Vaccine operations Central Provinces & Berar 1922-1929 - 1922-1929
Year: 1922
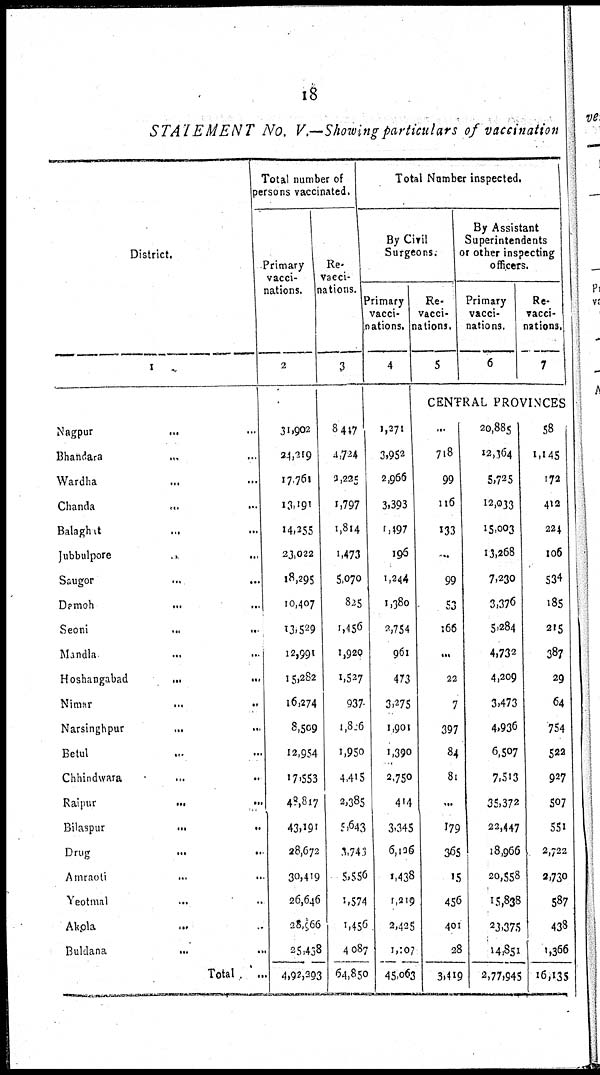
18
STATEMENT
No. V.—Showing particulars of vaccination
District.
1
Nagpur
...
...
Bhandara
...
...
Wardha ... ...
Chanda
...
...
Balaghat ... ...
Jubbulpore ... ...
Saugor ... ...
Damoh
...
...
Seoni
...
...
Mandla ... ...
Hoshangabad
...
...
Nimar
...
...
Narsinghpur
...
...
Betul ... ...
Chhindwara ...
Raipur
...
...
Bilaspur
...
...
Drug ... ...
Amraoti
...
...
Yeotmal
...
...
Akola
...
...
Buldana ... ...
Total ...
Total number of
persons vaccinated.
Primary
vacci-
nations.
2
31,902
24,219
17,761
13,191
14,255
23,022
18,295
10,407
13,529
12,991
15,282
16,274
8,509
12,954
17,553
48,817
43,191
28,672
30,419
26,646
28,966
25,438
4,92,293
Re-
vacci-
nations.
3
8,447
4,724
2,225
1,797
1,814
1,473
5,070
825
1,456
1,920
1,527
937
1,826
1,950
4,415
2,385
5,643
3,743
5,556
1,574
1,456
4,087
64,850
Total Number inspected.
By Civil
Surgeons.
Primary
vacci-
nations.
4
1,271
3,952
2,966
3,393
1,497
196
1,244
1,380
2,754
961
473
3,275
1,901
1,390
2,750
414
3,345
6,126
1,438
1,219
2,425
1,107
45,063
Re-
vacci-
nations.
5
By Assistant
Superintendents
or other inspecting
officers.
Primary
vacci-
nations.
6
Re-
vacci-
nations.
7
CENTRAL PROVINCES
...
718
99
116
133
...
99
53
166
...
22
7
397
84
81
...
179
365
15
456
401
28
3,419
20,885
12,364
5,725
12,033
15,003
13,268
7,230
3,376
5,284
4,732
4,209
3,473
4,936
6,507
7,513
35,372
22,447
18,966
20,558
15,838
23,375
14,851
2,77,945
58
1,145
172
412
224
106
534
185
215
387
29
64
754
522
927
507
551
2,722
2,730
587
438
1,366
16,135